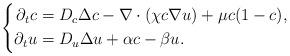
LaTeX: \begin{align*} \left\{ \begin{aligned}\partial_t c &= D_c \Delta c -\nabla \cdot(\chi c \nabla u) + \mu c(1-c), \\\partial_t u &= D_u \Delta u + \alpha c -\beta u. \end{aligned} \right.\end{align*}